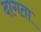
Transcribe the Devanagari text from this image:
दागता